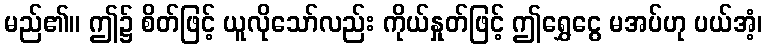
မည်၏။ ဤ၌ စိတ်ဖြင့် ယူလိုသော်လည်း ကိုယ်နှုတ်ဖြင့် ဤရွှေငွေ မအပ်ဟု ပယ်အံ့၊